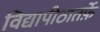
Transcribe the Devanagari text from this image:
विद्यापीठातर्फ़े